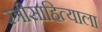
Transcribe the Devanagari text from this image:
स्त्रीसाहित्याला